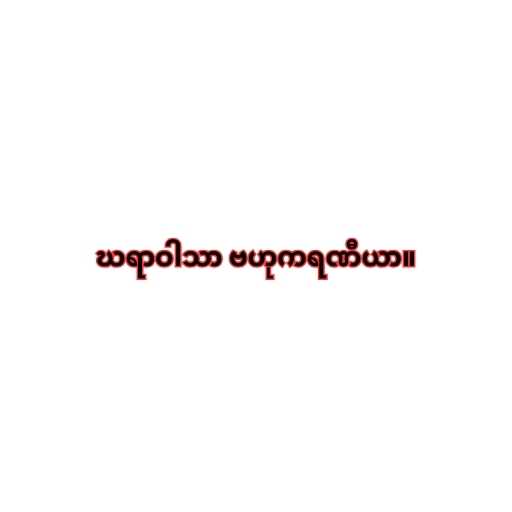
ဃရာဝါသာ ဗဟုကရဏီယာ။